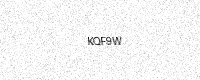
Text: KQF9W